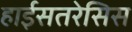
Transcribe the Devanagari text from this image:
हाईसतरेसिस